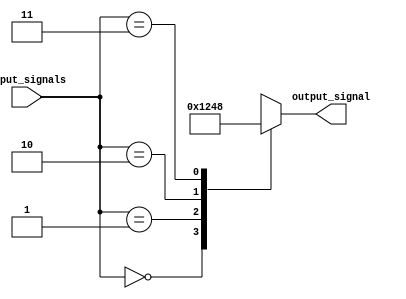
module generate_case_block (
  input [1:0] input_signals,
  output reg [3:0] output_signal
);

always @* begin
  case(input_signals)
    2'b00: output_signal = 4'b0001;
    2'b01: output_signal = 4'b0010;
    2'b10: output_signal = 4'b0100;
    2'b11: output_signal = 4'b1000;
    default: output_signal = 4'b0000;
  endcase
end

endmodule